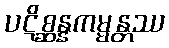
ပဋိစ္ဆန္နကမ္မန္တဿ